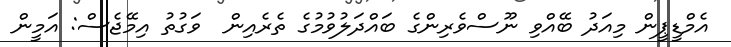
އެމްޑީޕީން މިއަދު ބޭއްވި ނޫސްވެރިންގެ ބައްދަލުވުމުގެ ތެރެއިން  ވަގުތު އިމޭޖެސް: އަމީން